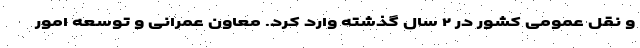
و نقل عمومی کشور در ۲ سال گذشته وارد کرد. معاون عمرانی و توسعه امور